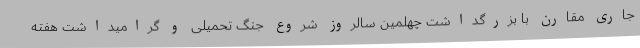
جاری مقارن با بزرگداشت چهلمین سالروز شروع جنگ تحمیلی و گرامیداشت هفته